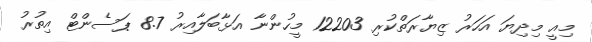
މިއީ މިދިޔަ އަހަރު ޒިޔާރަތްކުރި 12203 މީހުންނާ އަޅާބަލާއިރު 8.7 ޕަސެންޓް އިތުރު